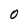
Character: O